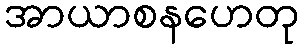
အာယာစနဟေတု